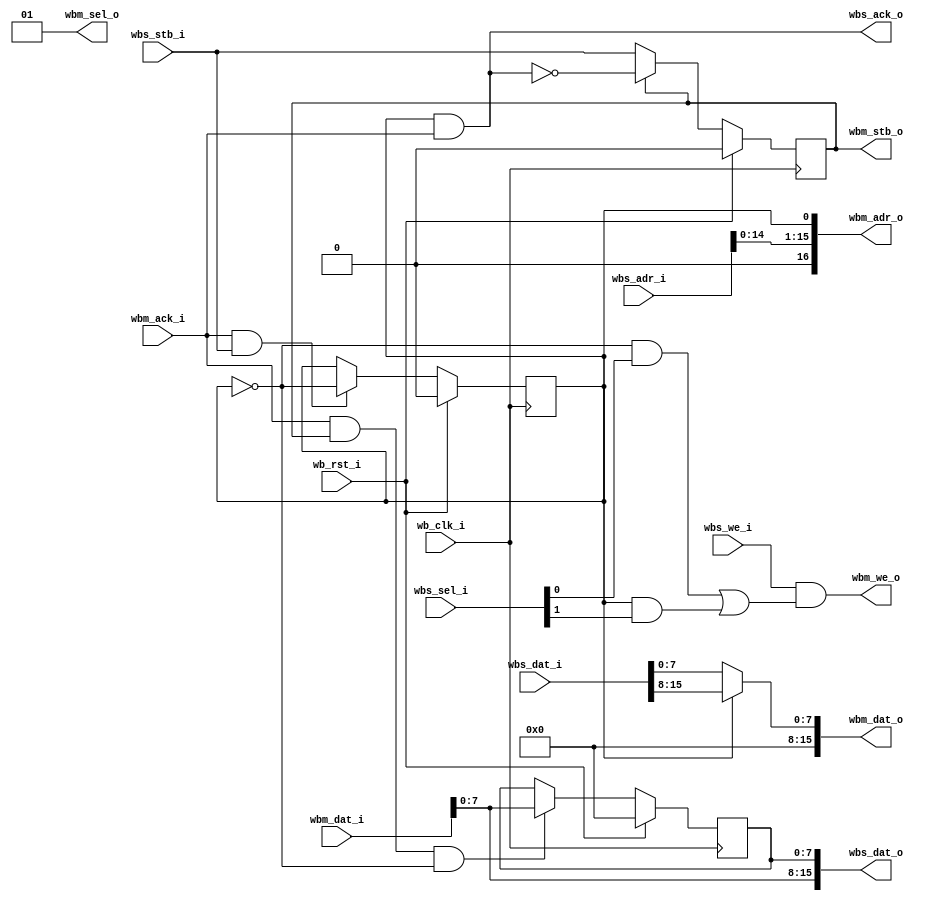
// This program was cloned from: https://github.com/marmolejo/zet
// License: GNU General Public License v3.0

/*
 *  Chain 4 memory interface for VGA
 *  Copyright (C) 2010  Zeus Gomez Marmolejo <zeus@aluzina.org>
 *
 *  This file is part of the Zet processor. This processor is free
 *  hardware; you can redistribute it and/or modify it under the terms of
 *  the GNU General Public License as published by the Free Software
 *  Foundation; either version 3, or (at your option) any later version.
 *
 *  Zet is distrubuted in the hope that it will be useful, but WITHOUT
 *  ANY WARRANTY; without even the implied warranty of MERCHANTABILITY
 *  or FITNESS FOR A PARTICULAR PURPOSE. See the GNU General Public
 *  License for more details.
 *
 *  You should have received a copy of the GNU General Public License
 *  along with Zet; see the file COPYING. If not, see
 *  <http://www.gnu.org/licenses/>.
 */

module vga_c4_iface (
    // Wishbone common signals
    input         wb_clk_i,
    input         wb_rst_i,

    // Wishbone slave interface
    input  [16:1] wbs_adr_i,
    input  [ 1:0] wbs_sel_i,
    input         wbs_we_i,
    input  [15:0] wbs_dat_i,
    output [15:0] wbs_dat_o,
    input         wbs_stb_i,
    output        wbs_ack_o,

    // Wishbone master to SRAM
    output     [17:1] wbm_adr_o,
    output     [ 1:0] wbm_sel_o,
    output            wbm_we_o,
    output     [15:0] wbm_dat_o,
    input      [15:0] wbm_dat_i,
    output reg        wbm_stb_o,
    input             wbm_ack_i
  );

  // Registers and nets
  reg        plane_low;
  reg  [7:0] dat_low;
  wire       cont;

  // Continuous assignments
  assign wbs_ack_o = (plane_low & wbm_ack_i);
  assign wbm_adr_o = { 1'b0, wbs_adr_i[15:2], wbs_adr_i[1], plane_low };
  assign wbs_dat_o = { wbm_dat_i[7:0], dat_low };
  assign wbm_sel_o = 2'b01;
  assign wbm_dat_o = { 8'h0, plane_low ? wbs_dat_i[15:8] : wbs_dat_i[7:0] };
  assign wbm_we_o  = wbs_we_i & ((!plane_low & wbs_sel_i[0])
                                | (plane_low & wbs_sel_i[1]));

  assign cont = wbm_ack_i && wbs_stb_i;

  // Behaviour
  // wbm_stb_o
  always @(posedge wb_clk_i)
    wbm_stb_o <= wb_rst_i ? 1'b0 : (wbm_stb_o ? ~wbs_ack_o : wbs_stb_i);

  // plane_low
  always @(posedge wb_clk_i)
    plane_low <= wb_rst_i ? 1'b0 : (cont ? !plane_low : plane_low);

  // dat_low
  always @(posedge wb_clk_i)
    dat_low <= wb_rst_i ? 8'h0
      : ((wbm_ack_i && wbm_stb_o && !plane_low) ? wbm_dat_i[7:0] : dat_low);

endmodule